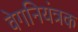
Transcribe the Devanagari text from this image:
वेगनियंत्रक